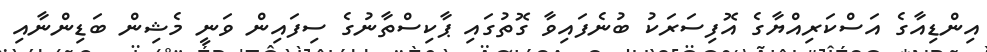
އިންޑިއާގެ އަސްކަރިއްޔާގެ އޮފިސަރަކު ބުނެފައިވާ ގޮތުގައި ޕާކިސްތާނުގެ ސިފައިން ވަނީ މެޝިން ބަޑިންނާއި